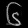
Digit: ၆